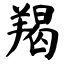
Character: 羯